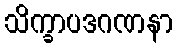
သိက္ခာပဒဂဏနာ